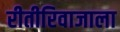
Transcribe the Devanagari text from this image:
रीतीरिवाजाला